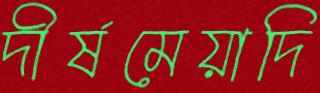
দীর্ষমেয়াদি